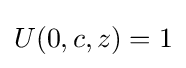
U(0,c,z)=1